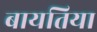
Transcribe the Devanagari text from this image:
बायतिया